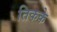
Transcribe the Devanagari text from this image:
तिकके